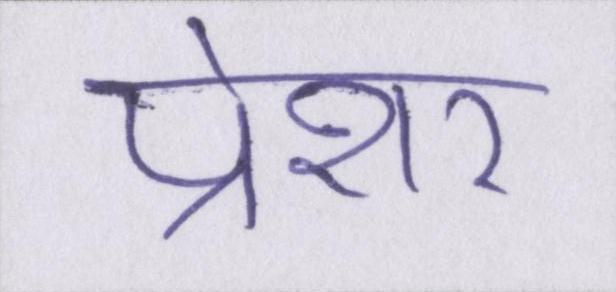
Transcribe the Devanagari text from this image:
प्रेशर